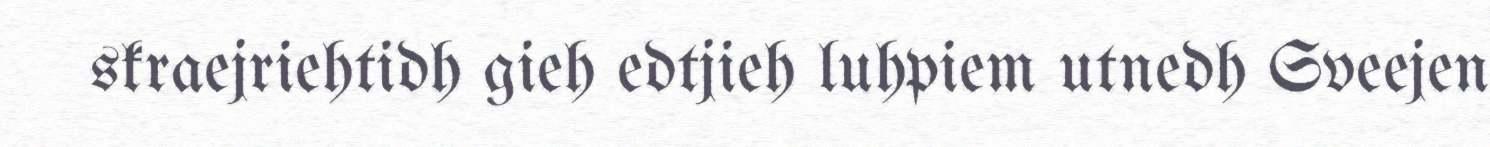
skraejriehtidh gieh edtjieh luhpiem utnedh Sveejen